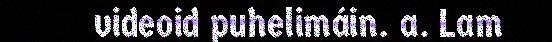
videoid puhelimáin. a. Lam